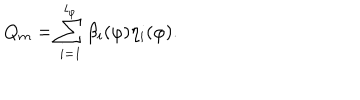
LaTeX: Q _ { m } = \sum _ { i = 1 } ^ { l _ { \varphi } } \beta _ { i } ( \varphi ) \eta _ { i } ( \varphi ) .